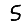
Digit: 5